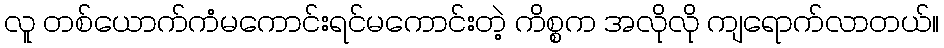
လူ တစ်ယောက်ကံမကောင်းရင်မကောင်းတဲ့ ကိစ္စက အလိုလို ကျရောက်လာတယ်။